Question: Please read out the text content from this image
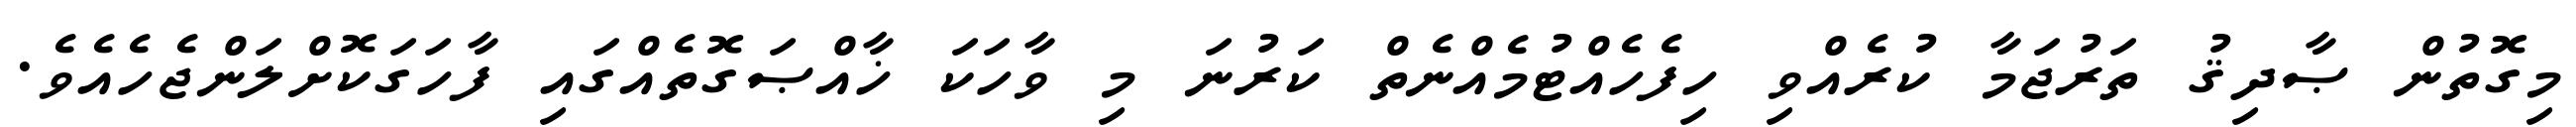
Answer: މިގޮތުން ޞާދިޤު ތަރުޖަމާ ކުރެއްވި ހިފެހެއްޓުމެއްނެތް ކަރުނަ މި ވާހަކަ ޚާއްޞަގޮތެއްގައި ފާހަގަކޮށްލަންޖެހެއެވެ.